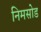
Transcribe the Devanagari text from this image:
निमसोड